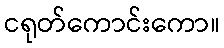
ငရုတ်ကောင်းကော။